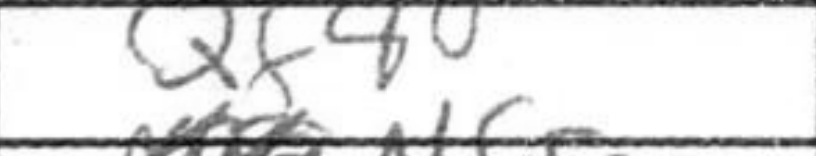
Transcription: Qf8